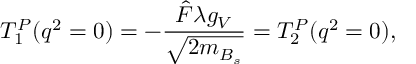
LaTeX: T _ { 1 } ^ { P } ( q ^ { 2 } = 0 ) = - \frac { \hat { F } \lambda g _ { V } } { \sqrt { 2 m _ { B _ { s } } } } = T _ { 2 } ^ { P } ( q ^ { 2 } = 0 ) ,